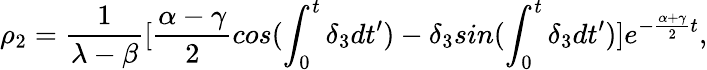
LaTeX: \rho_{2}=\frac{1}{\lambda-\beta}[\frac{\alpha-\gamma}{2}cos(\int_{0}^{t}\delta_{3}dt^{\prime})-\delta_{3}sin(\int_{0}^{t}\delta_{3}dt^{\prime})]e^{-\frac{\alpha+\gamma}{2}t},